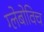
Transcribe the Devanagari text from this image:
ग्लेबोविच